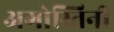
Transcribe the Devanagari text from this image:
अगोस्तिनी